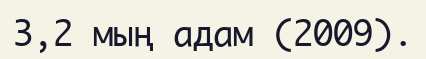
3,2 мың адам (2009).